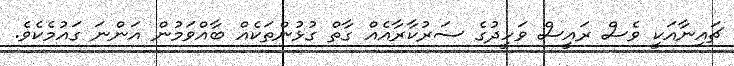
ޗައިނާއަކީ ވެސް ރައީސް ވަހީދުގެ ސަރުކާރާއެއް ގާތް ގުޅުންތަކެއް ބާއްވަމުން އަންނަ ގައުމެކެވެ.